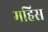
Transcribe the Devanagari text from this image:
महिस